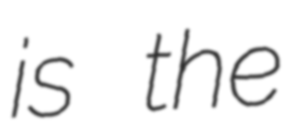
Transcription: is the